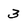
Character: 3